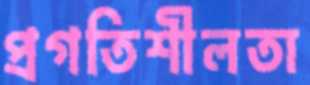
প্রগতিশীলতা